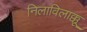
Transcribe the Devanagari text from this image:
निलाविलाक्कू